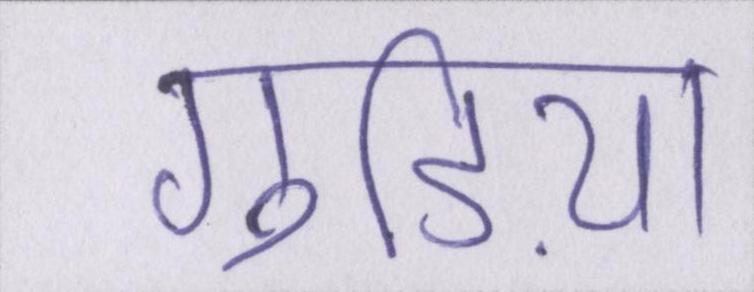
गुड़िया